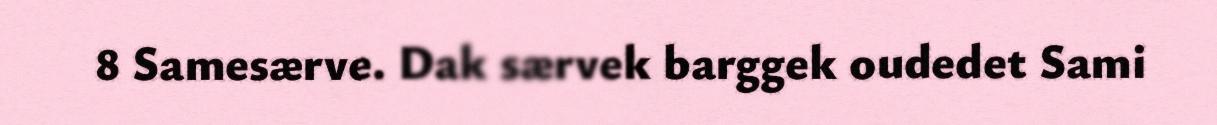
8 Samesærve. Dak særvek barggek oudedet Sami